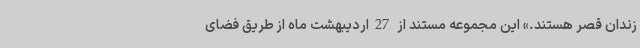
زندان قصر هستند.» این مجموعه مستند از 27اردیبهشت ماه از طریق فضای